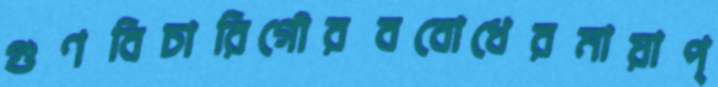
গুণবিচারিগৌরববোধেরমায়াপ্